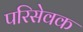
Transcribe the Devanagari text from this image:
परिसेवक